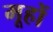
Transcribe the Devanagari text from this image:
मूहों